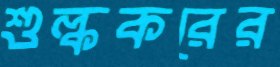
শুল্ককরের